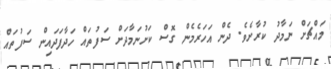
މައްޗަށް ނަމާދު ކުރާށެވެ. ދެން އަހަރެމެން ގޮސް ކަށުނަމާދަށް ސަފުތައް ހަދާފަދައިން ސަފުތައް